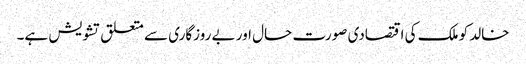
خالد کو ملک کی اقتصادی صورت حال اور بے روزگاری سے متعلق تشویش ہے۔